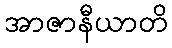
အာဇာနီယာတိ